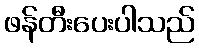
ဖန်တီးပေးပါသည်